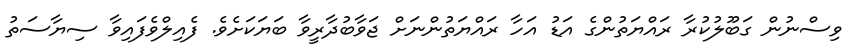
ވިސްނުން ގަބޫލުކުރާ ރައްޔަތުންގެ އަޑު އަހާ ރައްޔަތުންނަށް ޖަވާބުދާރީވާ ބަޔަކަށެވެ. ފެއިލްވެފައިވާ ސިޔާސަތު